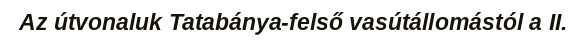
Az útvonaluk Tatabánya-felső vasútállomástól a II.